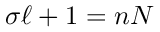
\sigma \ell + 1 = n N